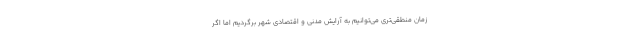
زمان منطقی‌تری می‌توانیم به آرایش مدنی و اقتصادی شهر برگردیم اما اگر